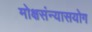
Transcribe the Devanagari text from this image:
मोक्षसंन्यासयोग